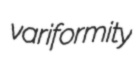
variformity